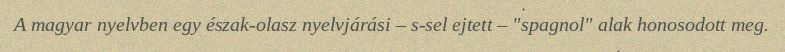
A magyar nyelvben egy észak-olasz nyelvjárási – s-sel ejtett – "spagnol" alak honosodott meg.